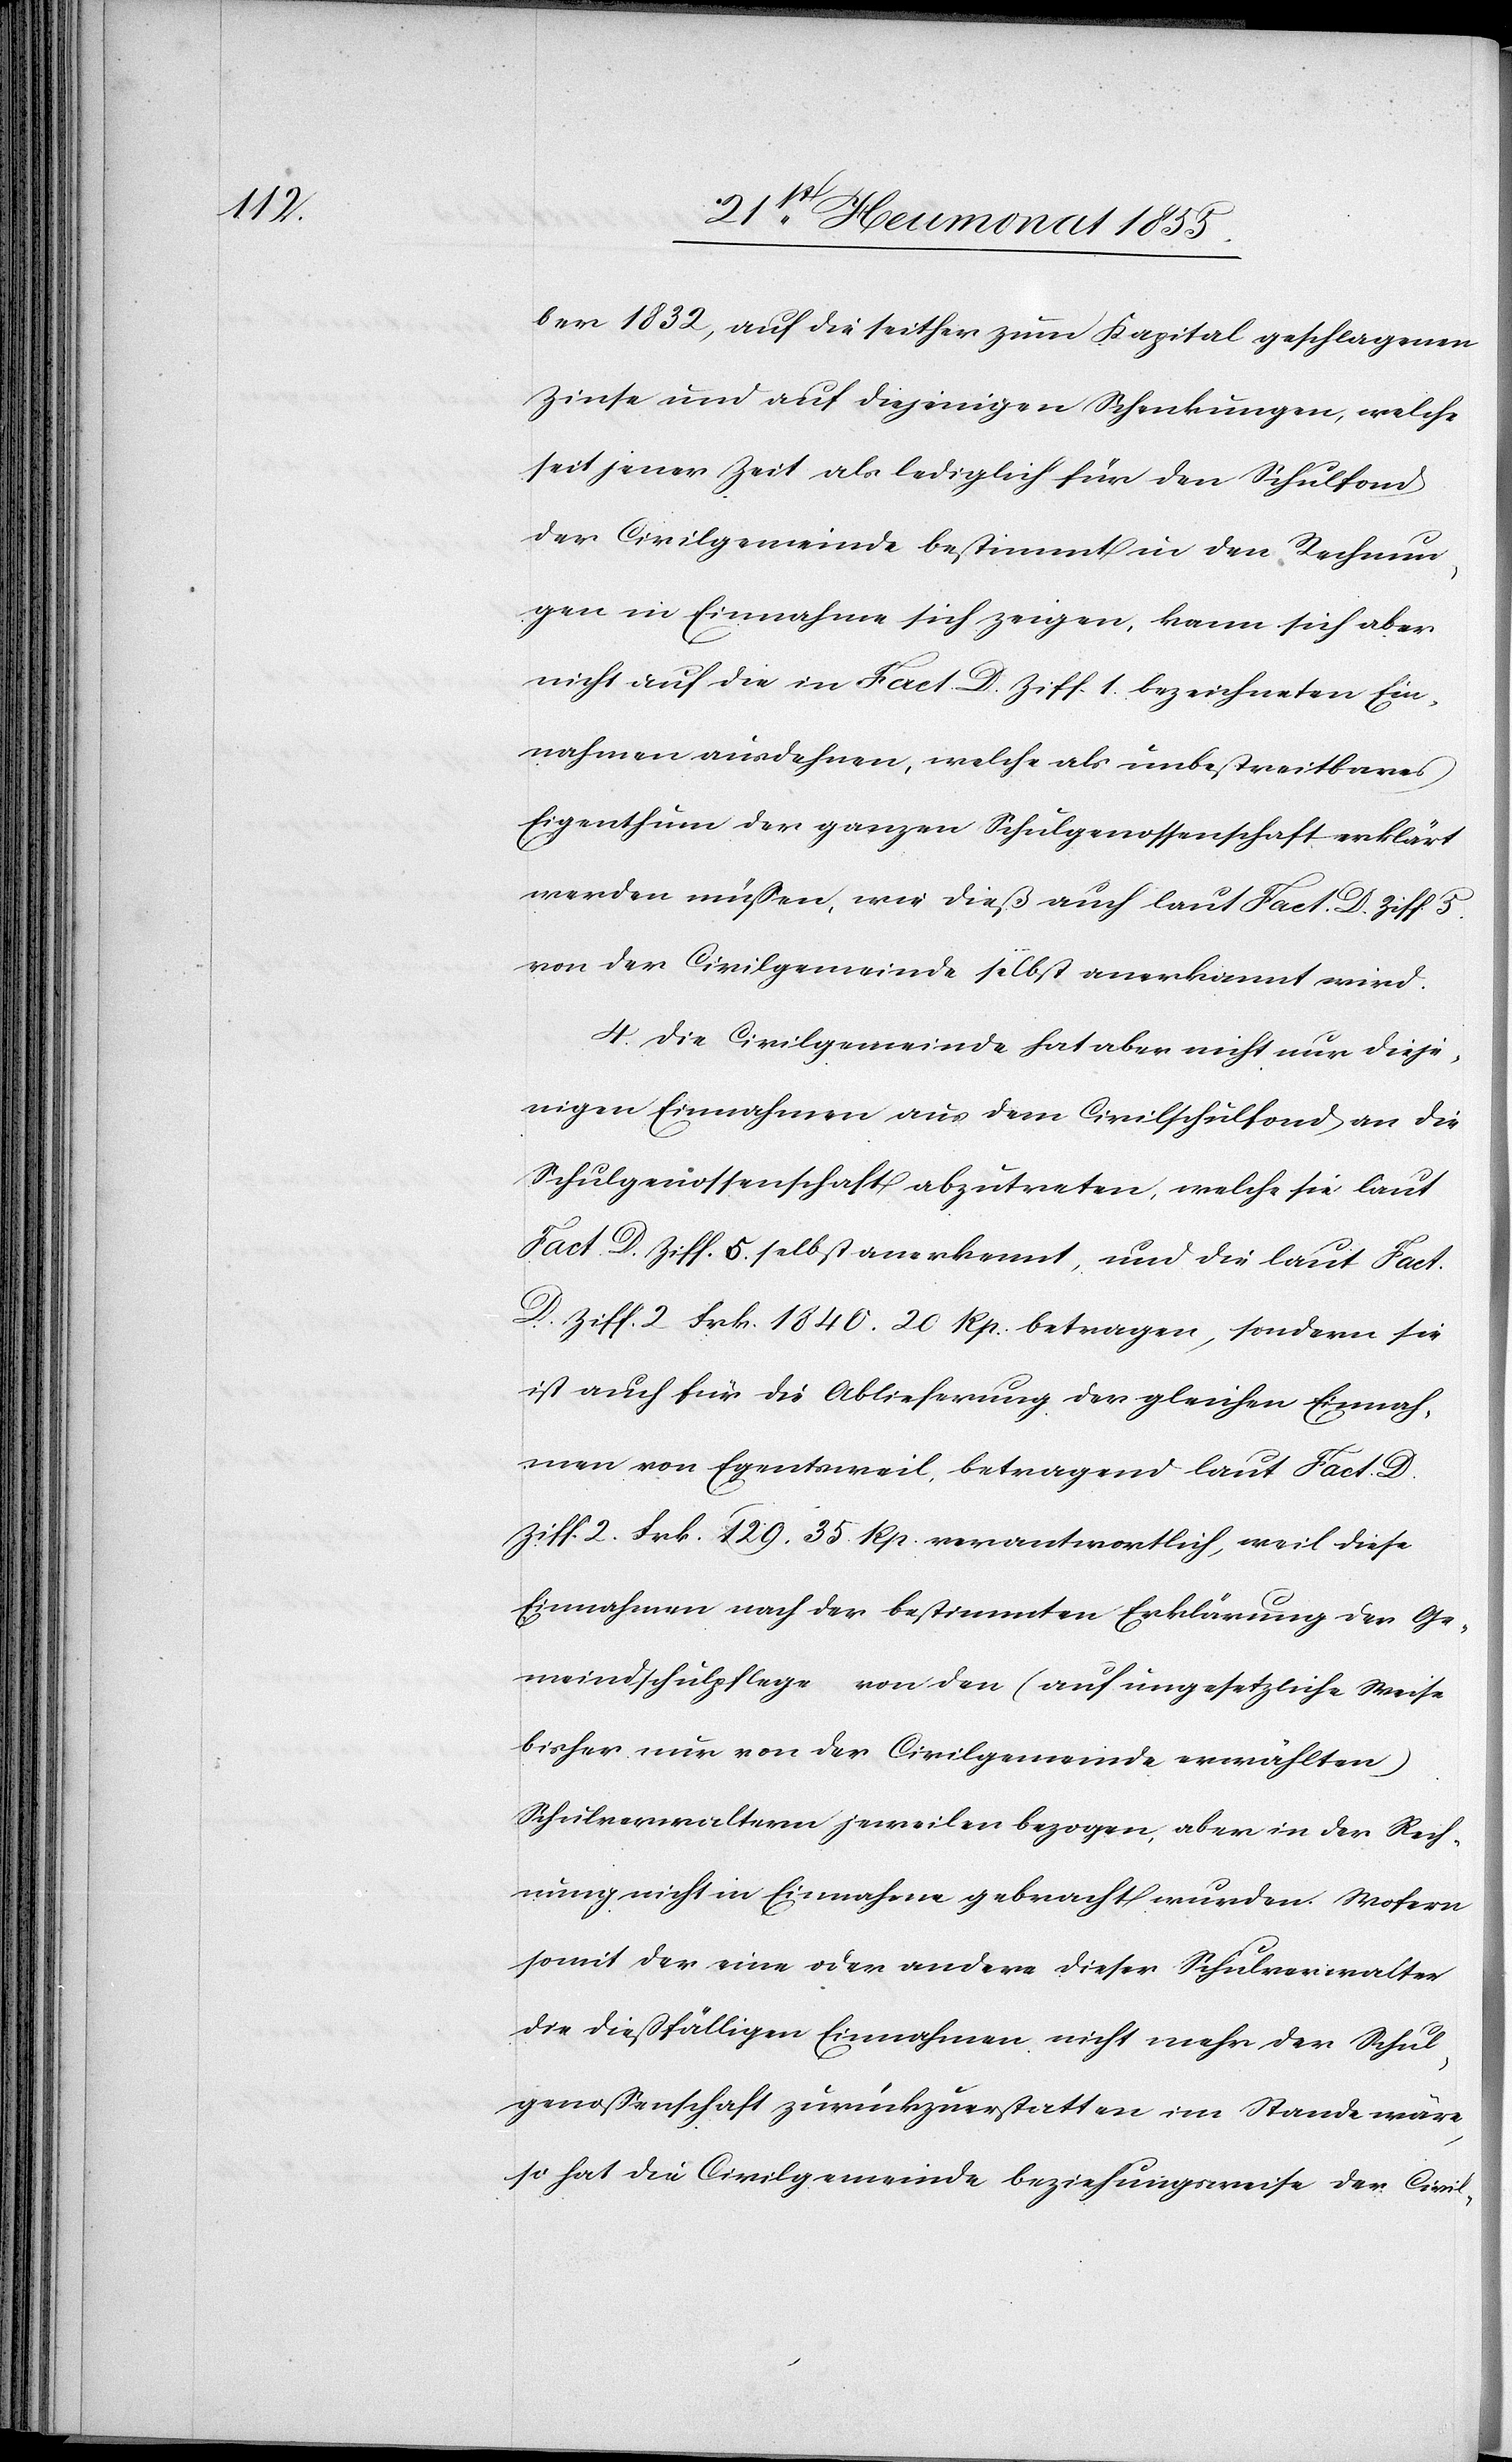
ber 1832, auf die seither zum Kapital geschlagenen
Zinse und auf diejenigen Schenkungen, welche
seit jener Zeit als lediglich für den Schulfond
der Civilgemeinde bestimmt in den Rechnun¬
gen in Einnahme sich zeigen, kann sich aber
nicht auf die in Fact. D. Ziff. 1. bezeichneten Ein¬
nahmen ausdehnen, welche als unbestreitbares
Eigenthum der ganzen Schulgenossenschaft erklärt
werden müßen, wie dieß auch laut Fact. D. Ziff. 5.
von der Civilgemeinde selbst anerkannt wird.
4. Die Civilgemeinde hat aber nicht nur dieje¬
nigen Einnahmen aus dem Civilschulfond an die
Schulgenossenschaft abzutreten, welche sie laut
Fact. D. Ziff. 5. selbst anerkennt, und die laut Fact.
D. Ziff. 2 Frk. 1840. 20 Rp. betragen, sondern sie
ist auch für die Ablieferung der gleichen Einnah¬
men von Egentsweil, betragend laut Fact. D.
Ziff. 2. Frk. 129. 35 Rp. verantwortlich, weil diese
Einnahmen nach der bestimmten Erklärung der Ge¬
meindschulpflege von den (auf ungesetzliche Weise
bisher nur von der Civilgemeinde erwählten)
Schulverwaltern jeweilen bezogen, aber in der Rech¬
nung nicht in Einnahme gebracht wurden. Wofern
somit der eine oder andere dieser Schulverwalter
die dießfälligen Einnahmen nicht mehr der Schul¬
genossenschaft zurückzuerstatten im Stande wäre,
so hat die Civilgemeinde beziehungsweise der Civil-